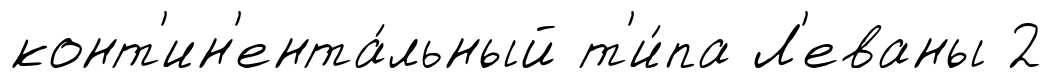
конт'ин'ента́льный т'и́па Л'еваны 2